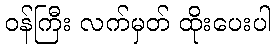
ဝန်ကြီး လက်မှတ် ထိုးပေးပါ